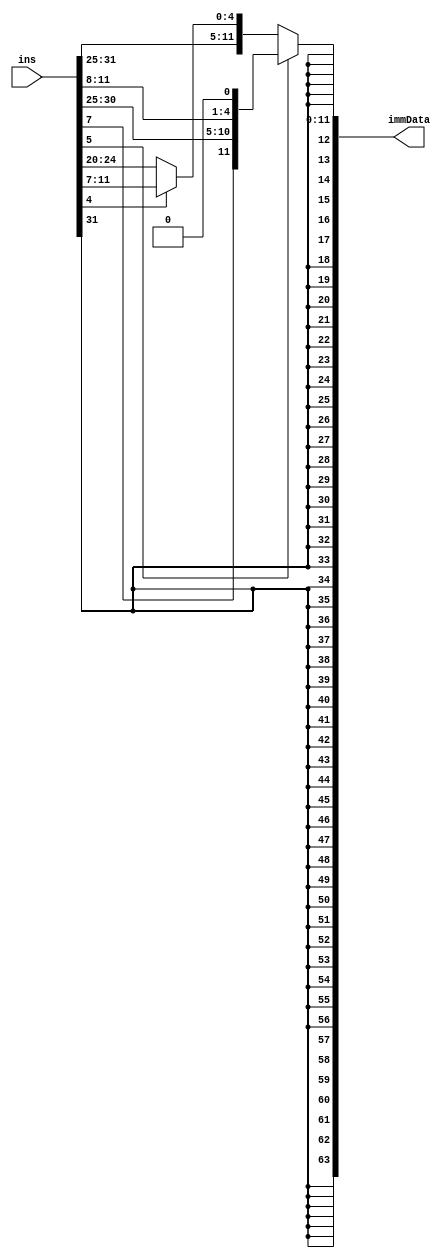
module DataExtractor
  (
  input [31:0] ins,
  output reg [63:0] immData
  );
  
  
  always @ (ins)
  begin
  if (ins[5] == 1'b1)
     immData = {{51{ins[31]}},ins[31],ins[7],ins[30:25],ins[11:8],1'b0};           //SB-format
  else
    begin
      if (ins[4] == 1'b1)
        immData = {{52{ins[31]}},ins[31:25],ins[11:7]};      	   //S-format
      else
        immData = {{52{ins[31]}},ins[31:20]};    	 	   //I-format
    end
  end
    
endmodule